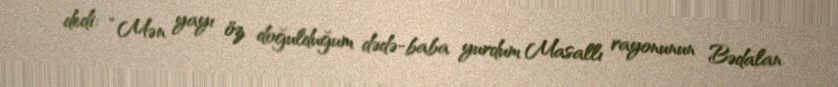
dedi: “Mən yayı öz doğulduğum dədə-baba yurdum Masallı rayonunun Bədalan